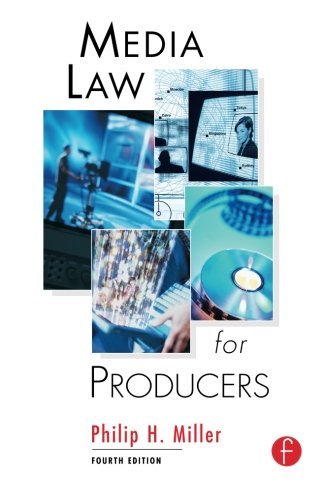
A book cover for Media Law for Producers; Philip Miller; Law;